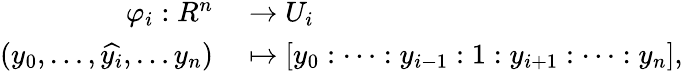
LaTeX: \begin{array}{rl}{\mathbb{\varphi}_{i}:R^{n}}&{{}\to U_{i}}\\ {(y_{0},\dots,{\widehat{y_{i}}},\dots y_{n})}&{{}\mapsto[y_{0}:\cdots:y_{i-1}:1:y_{i+1}:\cdots:y_{n}],}\end{array}